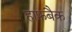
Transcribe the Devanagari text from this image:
हाफ़बैक